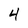
Character: 4